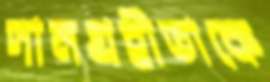
দানগ্রহীতাকে